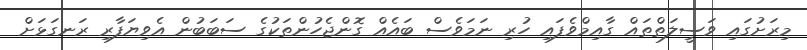
މިރަށުގައި ވަސީލަތްތައް ގާއިމްވެފައި ހުރި ނަމަވެސް ބައެއް ގޮންޖެހުންތަކުގެ ސަބަބުން އެވިޔަފާރި ރަނގަޅަށް